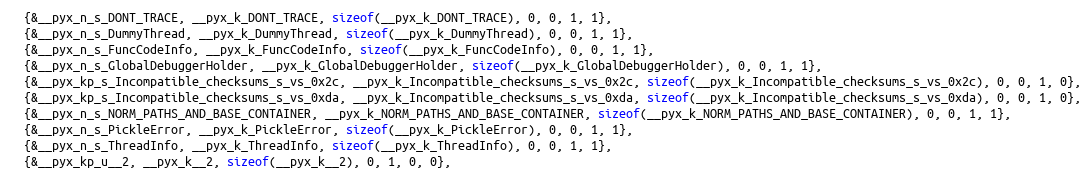
Language: C
  {&__pyx_n_s_DONT_TRACE, __pyx_k_DONT_TRACE, sizeof(__pyx_k_DONT_TRACE), 0, 0, 1, 1},
  {&__pyx_n_s_DummyThread, __pyx_k_DummyThread, sizeof(__pyx_k_DummyThread), 0, 0, 1, 1},
  {&__pyx_n_s_FuncCodeInfo, __pyx_k_FuncCodeInfo, sizeof(__pyx_k_FuncCodeInfo), 0, 0, 1, 1},
  {&__pyx_n_s_GlobalDebuggerHolder, __pyx_k_GlobalDebuggerHolder, sizeof(__pyx_k_GlobalDebuggerHolder), 0, 0, 1, 1},
  {&__pyx_kp_s_Incompatible_checksums_s_vs_0x2c, __pyx_k_Incompatible_checksums_s_vs_0x2c, sizeof(__pyx_k_Incompatible_checksums_s_vs_0x2c), 0, 0, 1, 0},
  {&__pyx_kp_s_Incompatible_checksums_s_vs_0xda, __pyx_k_Incompatible_checksums_s_vs_0xda, sizeof(__pyx_k_Incompatible_checksums_s_vs_0xda), 0, 0, 1, 0},
  {&__pyx_n_s_NORM_PATHS_AND_BASE_CONTAINER, __pyx_k_NORM_PATHS_AND_BASE_CONTAINER, sizeof(__pyx_k_NORM_PATHS_AND_BASE_CONTAINER), 0, 0, 1, 1},
  {&__pyx_n_s_PickleError, __pyx_k_PickleError, sizeof(__pyx_k_PickleError), 0, 0, 1, 1},
  {&__pyx_n_s_ThreadInfo, __pyx_k_ThreadInfo, sizeof(__pyx_k_ThreadInfo), 0, 0, 1, 1},
  {&__pyx_kp_u__2, __pyx_k__2, sizeof(__pyx_k__2), 0, 1, 0, 0},